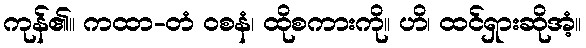
ကုန်၏။ ကထာ-တံ ဝစနံ၊ ထိုစကားကို။ ဟိ၊ ထင်ရှားဆိုအံ့။